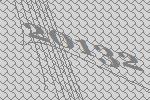
20132